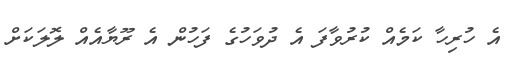
އެ ހުރިހާ ކަމެއް ކުރުވާފަ އެ ދުވަހުގެ ފަހުން އެ ރޫޔާއެއް ލޮލަކަށް